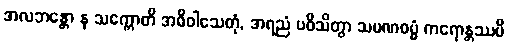
အလဘန္တော န သက္ကောတိ အဓိဝါသေတုံ, အရညံ ပဝိသိတွာ သမဏဓမ္မံ ကရောန္တဿပိ